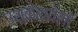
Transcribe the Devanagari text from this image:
उश्केरायेलो